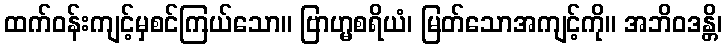
ထက်ဝန်းကျင့်မှစင်ကြယ်သော။ ဗြာဟ္မစရိယံ၊ မြတ်သောအကျင့်ကို။ အဘိဝဒန္တိ၊